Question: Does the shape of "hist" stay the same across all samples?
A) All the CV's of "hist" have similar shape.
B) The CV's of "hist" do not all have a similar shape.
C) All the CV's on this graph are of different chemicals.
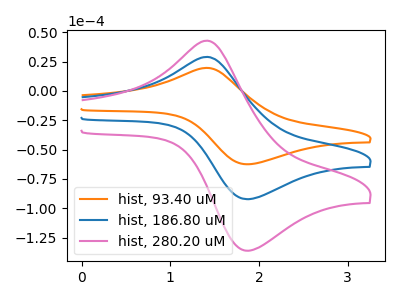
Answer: <think>The orange curve "hist, 93.40 uM" has an anodic peak at (1.40V, 19.70uA) and a cathodic peak at (1.90V, -62.50uA). The blue curve "hist, 186.80 uM" has an anodic peak at (1.40V, 29.05uA) and a cathodic peak at (1.90V, -92.30uA). The pink curve "hist, 280.20 uM" has an anodic peak at (1.40V, 58.15uA) and a cathodic peak at (1.90V, -184.60uA).
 All the peaks in "hist, 93.40 uM" have a peak in "hist, 186.80 uM" at the same potential. Every peak in "hist, 93.40 uM" is lower than every peak in "hist, 186.80 uM". All the peaks in "hist, 93.40 uM" have a peak in "hist, 280.20 uM" at the same potential. Every peak in "hist, 93.40 uM" is lower than every peak in "hist, 280.20 uM". All the peaks in "hist, 186.80 uM" have a peak in "hist, 280.20 uM" at the same potential. Every peak in "hist, 186.80 uM" is lower than every peak in "hist, 280.20 uM".</think>
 <answer>A) All the CV's of "hist" have similar shape.</answer>
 <eval>A</eval>